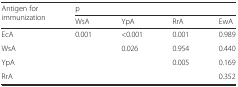
<table><thead><tr><td rowspan="2"><b>Antigen for immunization</b></td><td colspan="4"><b>p</b></td></tr><tr><td><b>WsA</b></td><td><b>YpA</b></td><td><b>RrA</b></td><td><b>EwA</b></td></tr></thead><tbody><tr><td>EcA</td><td>0.001</td><td>&lt;0.001</td><td>0.001</td><td>0.989</td></tr><tr><td>WsA</td><td></td><td>0.026</td><td>0.954</td><td>0.440</td></tr><tr><td>YpA</td><td></td><td></td><td>0.005</td><td>0.169</td></tr><tr><td>RrA</td><td></td><td></td><td></td><td>0.352</td></tr></tbody></table>